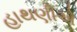
હાથણીએ